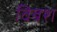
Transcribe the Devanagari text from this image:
विबश